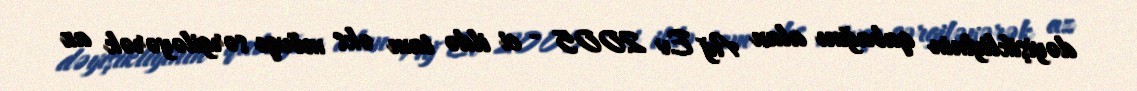
dəyişikliyinin qabağını alan Ağ Ev 2005 - ci ildə tam əks mövqe sərgiləyərək az